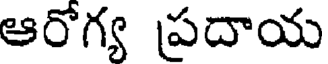
ఆరోగ్య ప్రదాయ